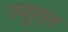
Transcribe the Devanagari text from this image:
ज्युएल